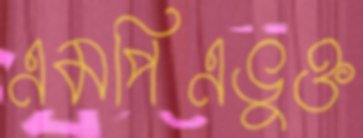
এমপিএভুক্ত